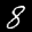
Label: 8